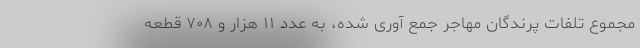
مجموع تلفات پرندگان مهاجر جمع آوری شده، به عدد ۱۱ هزار و ۷۰۸ قطعه